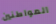
المواطنين